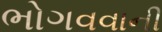
ભોગવવાની